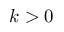
k > 0